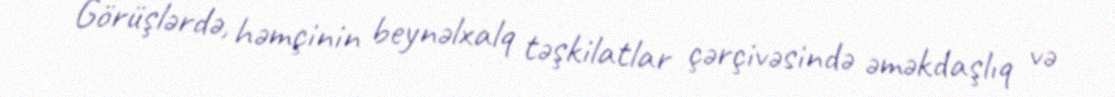
Görüşlərdə, həmçinin beynəlxalq təşkilatlar çərçivəsində əməkdaşlıq və